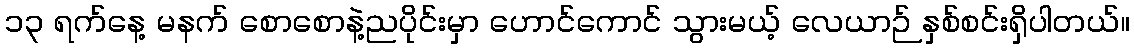
၁၃ ရက်နေ့ မနက် စောစောနဲ့ညပိုင်းမှာ ဟောင်ကောင် သွားမယ့် လေယာဉ် နှစ်စင်းရှိပါတယ်။